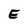
Character: E